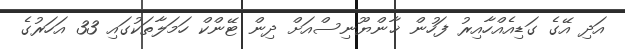
އަދި އޭގެ ގަޑިއެއްހާއިރު ފަހުން ޚާންޔޫނިސްއަށް ދިން ޓޭންކް ހަމަލާތަކުގައި 33 އަހަރުގެ